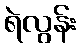
ရဲလွန်း